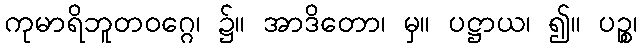
ကုမာရိဘူတဝဂ္ဂေ၊ ၌။ အာဒိတော၊ မှ။ ပဋ္ဌာယ၊ ၍။ ပဉ္စ၊